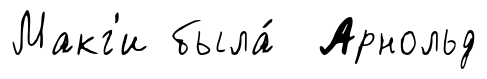
Макг'и была́ Арнольд